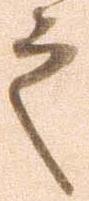
之